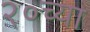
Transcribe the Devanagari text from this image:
२०च्या